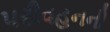
પરીવહનની